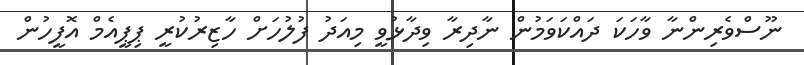
ނޫސްވެރިންނާ ވާހަކަ ދައްކަވަމުން ނާދިރާ ވިދާޅުވީ މިއަދު ފުލުހަށް ހާޒިރުކުރީ ޕިޕީއެމް އޮފީހުން